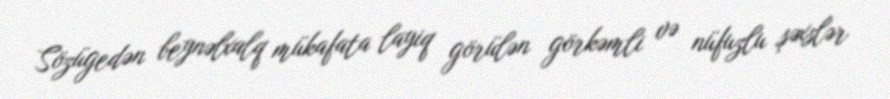
Sözügedən beynəlxalq mükafata layiq görülən görkəmli və nüfuzlu şəxslər